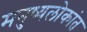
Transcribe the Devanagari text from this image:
मनुष्यलोकांत